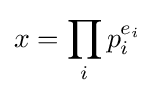
x=\prod _{i}p_{i}^{e_{i}}